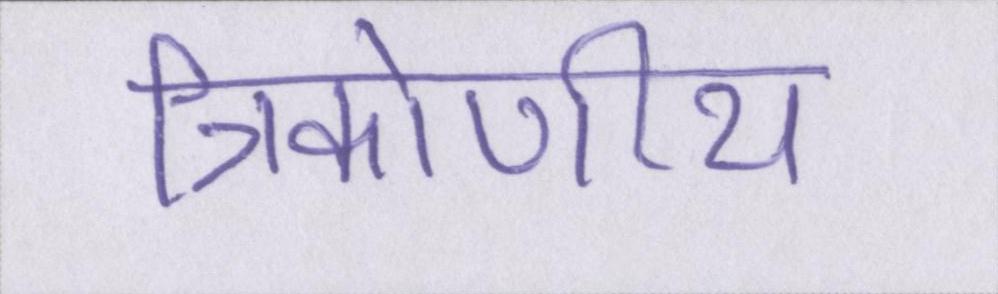
त्रिकोणीय